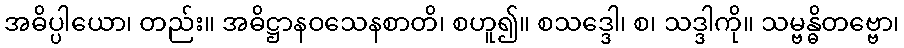
အဓိပ္ပါယော၊ တည်း။ အဓိဋ္ဌာနဝသေနစာတိ၊ စဟူ၍။ စသဒ္ဒေါ၊ စ၊ သဒ္ဒါကို။ သမ္ဗန္ဓိတဗ္ဗော၊